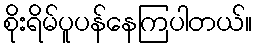
စိုးရိမ်ပူပန်နေကြပါတယ်။